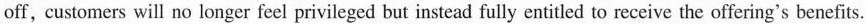
off, customers will no longer feel privileged but instead fully entitled to receive the offering's benefits.